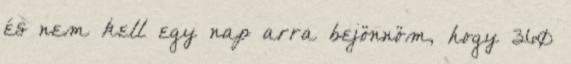
és nem kell egy nap arra bejönnöm, hogy 360